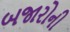
બજારોની